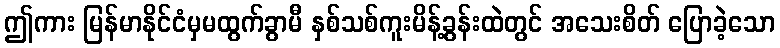
ဤကား မြန်မာနိုင်ငံမှမထွက်ခွာမီ နှစ်သစ်ကူးမိန့်ခွန်းထဲတွင် အသေးစိတ် ပြောခဲ့သော